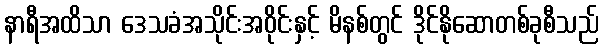
နာရီအထိသာ ဒေသခံအသိုင်းအဝိုင်းနှင့် မိနစ်တွင် ဒိုင်နိုဆောတစ်ခုစီသည်